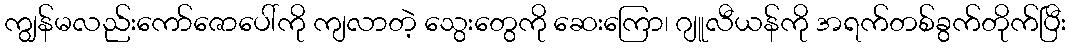
ကျွန်မလည်းကော်ဇောပေါ်ကို ကျလာတဲ့ သွေးတွေကို ဆေးကြော၊ ဂျူလီယန်ကို အရက်တစ်ခွက်တိုက်ပြီး